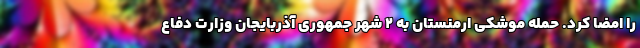
را امضا کرد. حمله موشکی ارمنستان به 2 شهر جمهوری آذربایجان وزارت دفاع